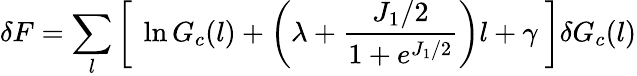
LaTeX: \delta F=\sum_{l}\left[~\ln G_{c}(l)+\left(\lambda+\frac{J_{1}/2}{1+e^{J_{1}/2}}\right)l+\gamma~\right]\delta G_{c}(l)